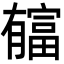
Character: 𣎬